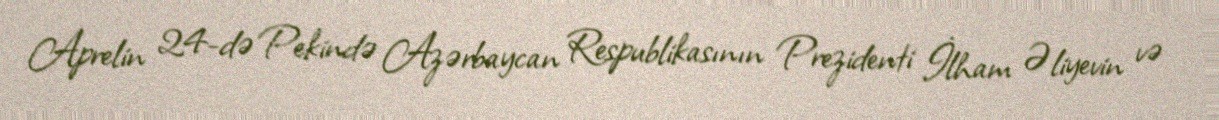
Aprelin 24-də Pekində Azərbaycan Respublikasının Prezidenti İlham Əliyevin və